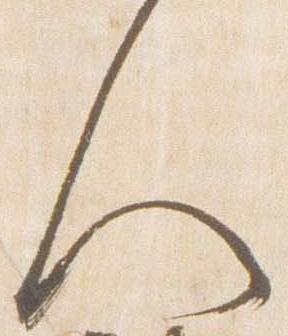
人